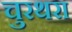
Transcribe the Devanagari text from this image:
चुरथरा